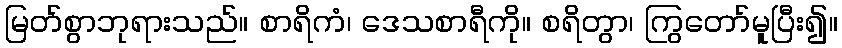
မြတ်စွာဘုရားသည်။ စာရိကံ၊ ဒေသစာရီကို။ စရိတွာ၊ ကြွတော်မူပြီး၍။